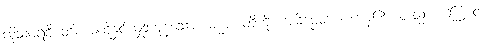
ထိုသံဝရဝီ တိက္ကမတို့နှင်ယှဉ်ကုန်သော။ ဓမ္မာ၊ တို့ကို။ အဓိပ္ပေတာ၊ ကုန်၏။ တသ္မာ၊ ကြောင့်။